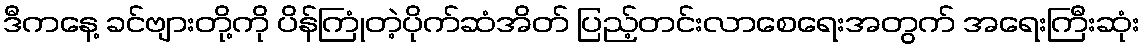
ဒီကနေ့ ခင်ဗျားတို့ကို ပိန်ကြုံတဲ့ပိုက်ဆံအိတ် ပြည့်တင်းလာစေရေးအတွက် အရေးကြီးဆုံး